Vaccination in the Punjab 1905-1918 - 1905-1918
Year: 1905
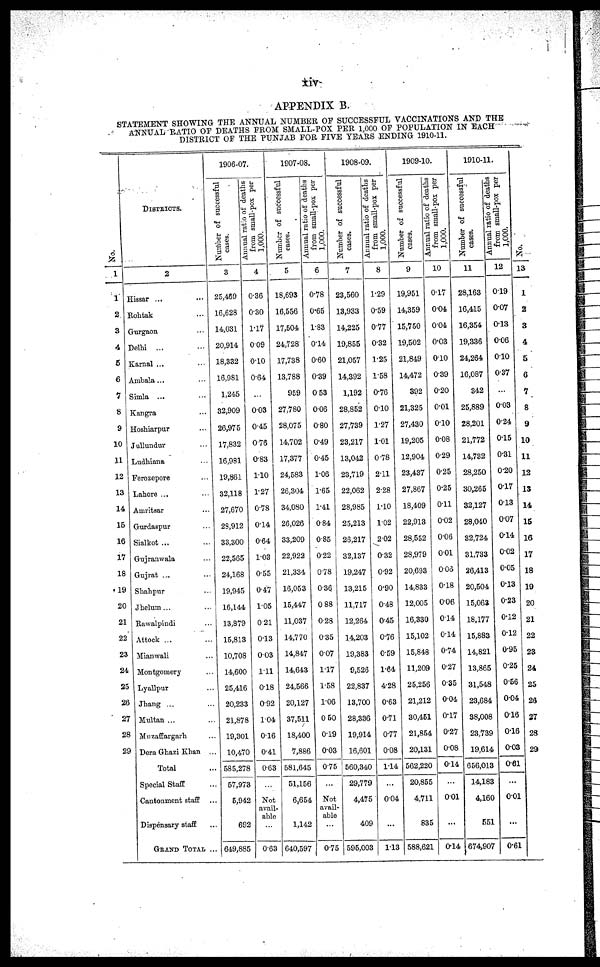
xiv
APPENDIX B.
STATEMENT SHOWING THE ANNUAL NUMBER OF SUCCESSFUL VACCINATIONS AND THE
ANNUAL RATIO OF DEATHS FROM SMALL-POX PER 1,000 OF POPULATION IN EACH
DISTRICT OF THE PUNJAB FOR FIVE YEARS ENDING 1910-11.
No.
1
1
2
3
4
5
6
7
8
9
10
11
12
13
14
15
16
17
18
19
20
21
22
23
24
25
26
27
28
29
DISTRICTS.
2
Hissar ... ...
Rohtak ...
Gurgaon ...
Delhi ... ...
Karnal ... ...
Ambala ... ...
Simla ... ...
Kangra ...
Hoshiarpur ...
Jullundur ...
Ludhiana ...
Ferozepore ...
Lahore ... ...
Amritsar ...
Gurdaspur ...
Sialkot ... ...
Gujranwala ...
Gujrat ... ...
Shahpur ...
Jhelum ... ...
Rawalpindi ...
Attock ... ...
Mianwali ...
Montgomery ...
Lyallpur ...
Jhang ... ...
Multan ... ...
Muzaffargarh ...
Dera Ghazi Khan ...
Total ...
Special Staff ...
Cantonment staff ...
Dispensary staff ...
GRAND TOTAL ...
1906-07.
Number of successful
cases.
3
25,469
16,628
14,031
20,914
18,332
16,981
1,245
32,909
26,975
17,832
16,981
19,861
32,118
27,670
23,912
33,300
22,565
24,168
19,945
16,144
13,879
15,813
10,708
14,600
25,416
20,233
21,878
19,301
10,470
585,278
57,973
5,942
692
649,885
Annual ratio of deaths
from small-pox per
1,000.
4
0.36
0.30
1.17
0.09
0.10
0.64
...
0.03
0.45
0.78
0.83
1.10
1.27
0.78
0.14
0.64
1.03
0.55
0.47
1.05
0.21
0.13
0.03
1.11
0.18
0.92
1.04
0.16
0.41
0.63
...
Not
avail-
able
...
0.63
1907-08.
Number of successful
cases.
5
18,693
16,556
17,504
24,728
17,738
13,788
959
27,780
28,075
14,702
17,377
24,583
26,304
34,080
26,026
33,209
22,922
21,334
16,053
15,447
11,037
14,770
14,847
14,643
24,566
20,127
37,511
18,400
7,886
581,645
51,156
6,654
1,142
640,597
Annual ratio of deaths
from small-pox per
1,000.
6
0.78
0.65
1.83
0.14
0.60
0.39
0.53
0.06
0.80
0.49
0.45
1.06
1.65
1.41
0.84
0.85
0.22
0.78
0.36
0.88
0.28
0.35
0.07
1.17
1.58
1.06
0.50
0.19
0.03
0.75
...
Not
avail-
able
...
0.75
1908-09.
Number of successful
cases.
7
23,560
13,933
14,225
19,855
21,057
14,392
1,192
28,852
27,739
23,217
13,042
23,719
22,062
28,985
25,213
26,217
32,137
19,247
13,215
11,717
12,264
14,203
19,383
9,526
22,837
13,700
28,336
19,914
16,601
560,340
29,779
4,475
409
595,003
Annual ratio of deaths
from small-pox per
1,000.
8
1.29
0.59
0.77
0.32
1.25
1.58
0.76
0.10
1.27
1.01
0.78
2.11
2.28
1.10
1.02
2.02
0.32
0.92
0.90
0.48
0.45
0.76
0.59
1.64
4.28
0.63
0.71
0.77
0.08
1.14
...
0.04
...
1.13
1909-10.
Number of successful
cases.
9
19,951
14,359
15,750
19,502
21,849
14,472
392
21,325
27,430
19,205
12,904
23,437
27,867
18,409
22,913
28,552
28,979
20,693
14,833
12,005
16,330
15,102
15,848
11,209
25,256
21,212
30,451
21,854
20,131
562,220
20,855
4,711
835
588,621
Annual ratio of deaths
from small-pox per
1,000.
10
0.17
0.04
0.04
0.03
0.10
0.39
0.20
0.01
0.10
0.08
0.29
0.25
0.25
0.11
0.02
0.06
0.01
0.06
0.18
0.06
0.14
0.14
0.74
0.27
0.35
0.04
0.17
0.27
0.08
0.14
...
0.01
...
0.14
1910-11.
Number of successful
cases.
11
28,163
16,415
16,354
19,336
24,264
16,087
342
25,889
28,201
21,772
14,732
28,250
30,265
32,127
28,040
32,724
31,733
26,413
20,504
15,063
18,177
15,883
14,821
13,865
31,548
23,684
38,008
23,739
19,614
656,013
14,183
4,160
551
674,907
Annual ratio of deaths
from small-pox per
1,000.
12
0.19
0.07
0.13
0.06
0.10
0.37
...
0.03
0.24
0.15
0.31
0.20
0.17
0.13
0.07
0.14
0.02
0.05
0.13
0.23
0.12
0.12
0.95
0.25
0.56
0.04
0.16
0.16
0.03
0.61
...
0.01
...
0.61
No.
13
1
2
3
4
5
6
7
8
9
10
11
12
13
14
15
16
17
18
19
20
21
22
23
24
25
26
27
28
29